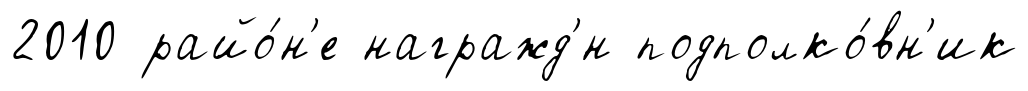
2010 райо́н'е награжд'́н подполко́вн'ик